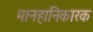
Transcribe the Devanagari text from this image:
मानहानिकारक